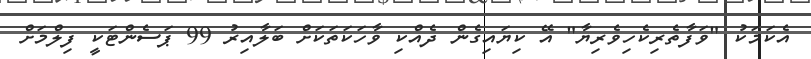
އެކަމަކު "ވަފާތެރިކެހިވެރިޔާ" އޭ ކިޔައިގެން ދެއްކި ވާހަކަތަކަށް ބަލާއިރު 99 ޕަސެންޓަކީ ފިލްމަށް